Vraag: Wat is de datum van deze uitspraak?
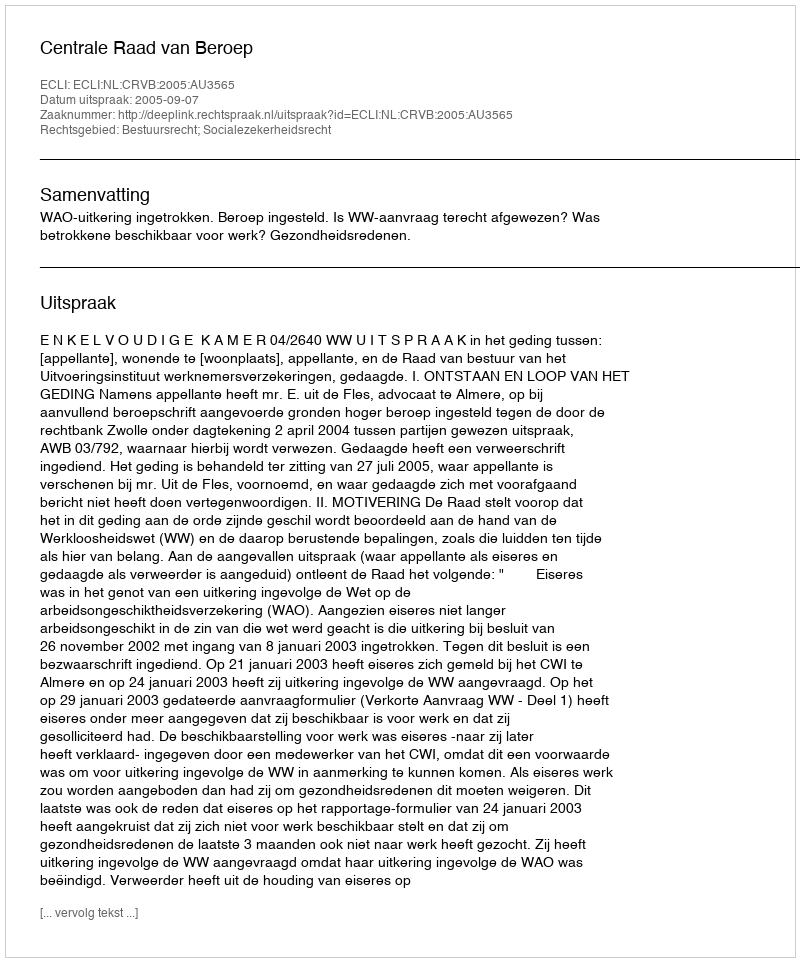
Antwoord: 2005-09-07